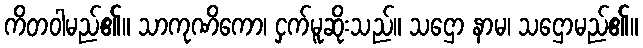
ကိတဝါမည်၏။ သာကုဏိကော၊ ငှက်မူဆိုးသည်။ သဌော နာမ၊ သဌောမည်၏။